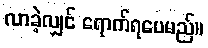
လာခဲ့လျှင် ရောက်ရပေမည်။